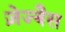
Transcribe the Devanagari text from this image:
ज़ेज्बैस